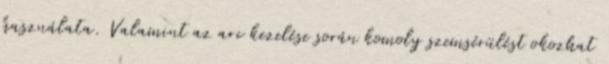
használata. Valamint az arc kezelése során komoly szemsérülést okozhat